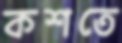
কশতে